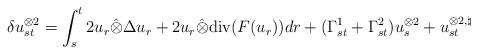
LaTeX: \begin{align*} \delta u_{st}^{\otimes 2} = \int_s^t 2 u_r \hat{\otimes} \Delta u_r + 2 u_r \hat{\otimes} \mathrm{div}(F(u_r)) dr + (\Gamma_{st}^1 + \Gamma_{st}^2) u_s^{\otimes 2} + u_{st}^{\otimes 2, \natural} \end{align*}